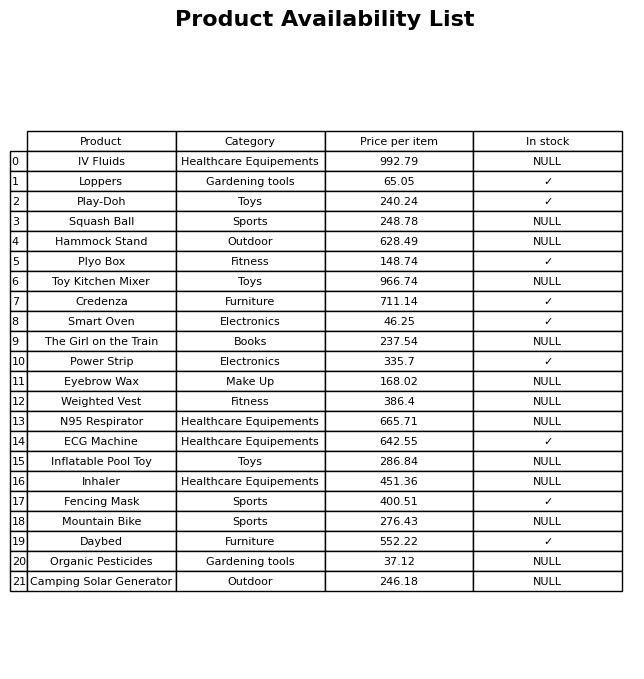
question: Which products are available in stock?
answer: Loppers, Play-Doh, Plyo Box, Credenza, Smart Oven, Power Strip, ECG Machine, Fencing Mask, Daybed